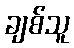
ချစ်သူ